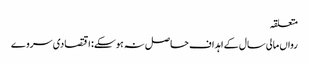
متعلقہ
رواں مالی سال کے اہداف حاصل نہ ہوسکے: اقتصادی سروے